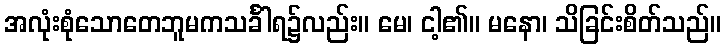
အလုံးစုံသောတေဘူမကသင်္ခါရ၌လည်း။ မေ၊ ငါ့၏။ မနော၊ သိခြင်းစိတ်သည်။